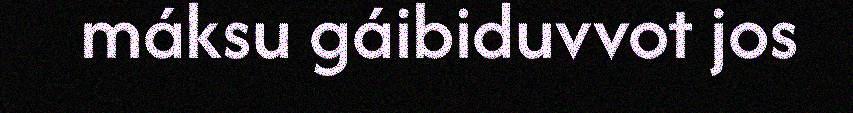
máksu gáibiduvvot jos